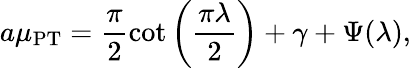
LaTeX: a\mu_{\mathrm{PT}}=\frac{\pi}{2}\cot\left(\frac{\pi\lambda}{2}\right)+\gamma+\Psi(\lambda),